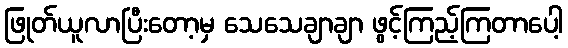
ဖြုတ်ယူလာပြီးတော့မှ သေသေချာချာ ဖွင့်ကြည့်ကြတာပေါ့